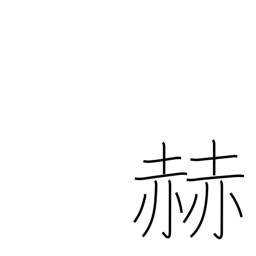
Meaning: brighten